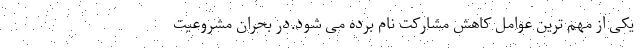
یکی از مهم ترین عوامل کاهش مشارکت نام برده می شود.در بحران مشروعيت